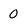
Character: 0